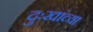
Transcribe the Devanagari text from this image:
दुःखांच्या